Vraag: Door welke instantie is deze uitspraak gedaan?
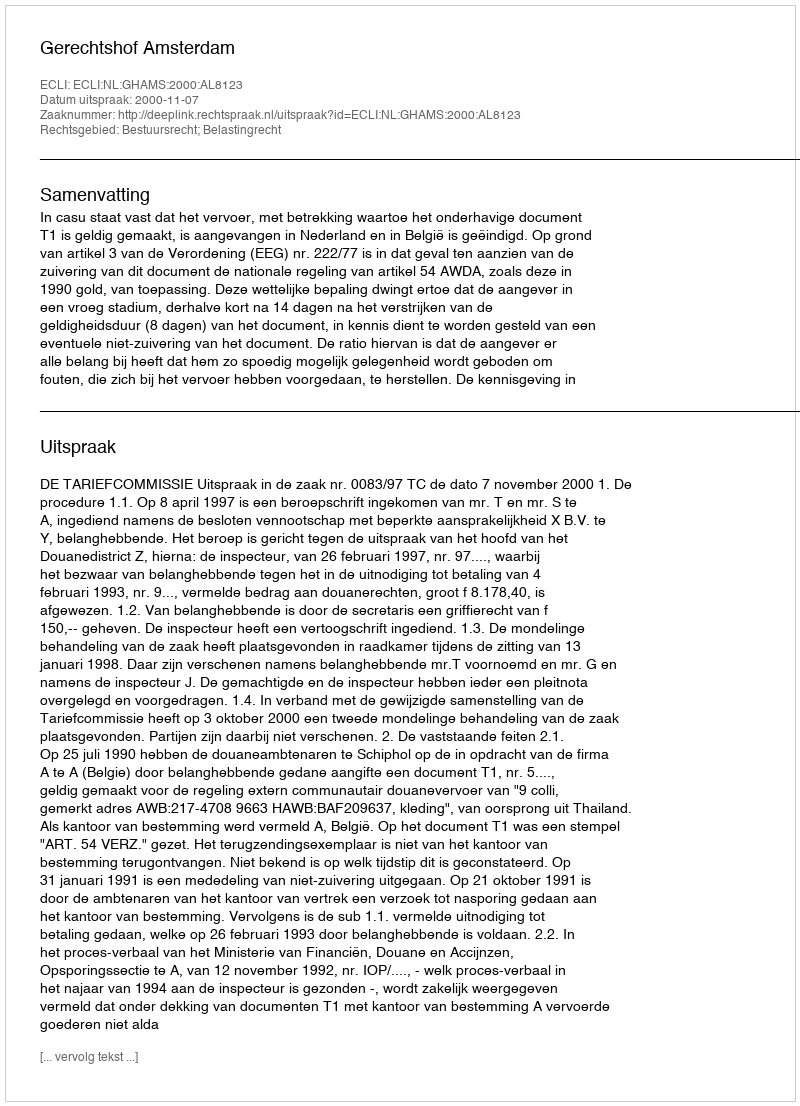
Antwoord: Gerechtshof Amsterdam